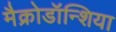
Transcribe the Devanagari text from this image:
मैक्रोडॉन्शिया